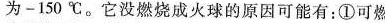
为-150℃。它没燃烧成火球的原因可能有：①可燃